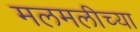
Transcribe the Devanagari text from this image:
मलमलीच्या